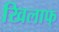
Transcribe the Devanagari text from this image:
खिलाफ्